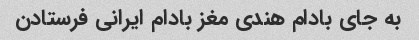
به جای بادام هندی مغز بادام ایرانی فرستادن